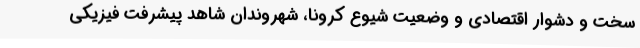
سخت و دشوار اقتصادی و وضعیت شیوع کرونا، شهروندان شاهد پیشرفت فیزیکی